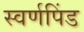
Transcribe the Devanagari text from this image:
स्वर्णपिंड